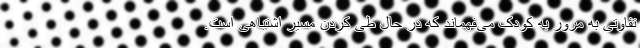
تفاوتی به مرور به کودک می‌فهماند که در حال طی کردن مسیر اشتباهی است.